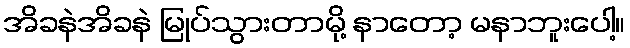
အိခနဲအိခနဲ မြုပ်သွားတာမို့ နာတော့ မနာဘူးပေါ့။